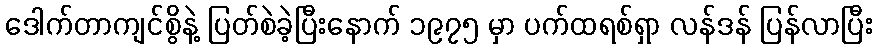
ဒေါက်တာကျင်စွိနဲ့ ပြတ်စဲခဲ့ပြီးနောက် ၁၉၇၅ မှာ ပက်ထရစ်ရှာ လန်ဒန် ပြန်လာပြီး